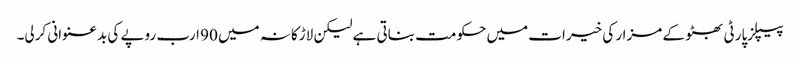
پیپلزپارٹی بھٹو کے مزار کی خیرات میں حکومت بناتی ہے لیکن لاڑکانہ میں 90 ارب روپے کی بدعنوانی کرلی۔